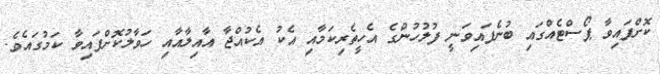
ކޮށްފައިވާ ޕޯސްޓެއްގައި ބުނެފައިވަނީ ފުލުހުންގެ އެހީތެރިކަމާއި އެކު އެކުއްޖާ އާއިލާއާއި ހަވާލުކޮށްފައިވާ ކަމުގައެވެ.